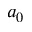
a _ { 0 }